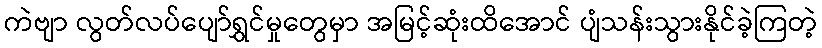
ကဲဗျာ လွတ်လပ်ပျော်ရွှင်မှုတွေမှာ အမြင့်ဆုံးထိအောင် ပျံသန်းသွားနိုင်ခဲ့ကြတဲ့